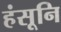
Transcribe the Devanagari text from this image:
हंसूनि